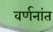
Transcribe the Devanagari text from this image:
वर्णनांत